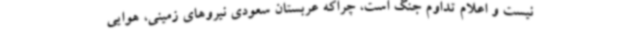
نیست و اعلام تداوم جنگ است، چراکه عربستان سعودی نیروهای زمینی، هوایی